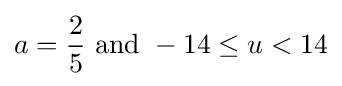
a={\frac {2}{5}}{\text{ and }}-14\leq u<14